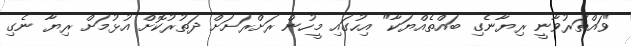
"ވައްތަރުވާނީ ރިޔާނެގި ބައްތެއްޔަކާ" އިހުގައި މީހުން ރަށްރަށަށް ދަތުރުކޮށް އުޅުމަށް ރިިޔާ ނެގި